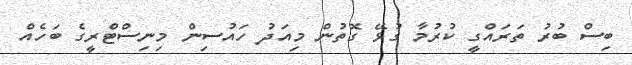
ބިސް ބުރު ތަރައްގީ ކުރުމާ ގުޅޭ ގޮތުން މިއަދު ހައުސިން މިނިސްޓްރީގެ ބަހެއް